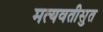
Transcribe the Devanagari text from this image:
मत्यवतीसुत